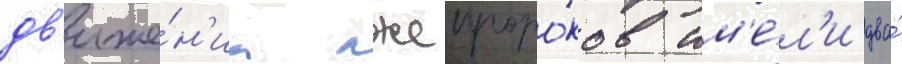
дв'иже́н'иа лжепроро́ков им'е́л'и два́